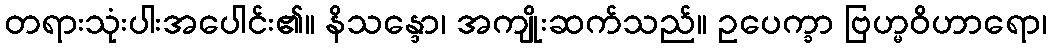
တရားသုံးပါးအပေါင်း၏။ နိသန္ဒော၊ အကျိုးဆက်သည်။ ဥပေက္ခာ ဗြဟ္မဝိဟာရော၊